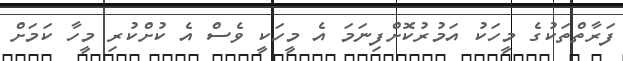
ފަރާތްތަކުގެ މީހަކު އަމުރުކޮށްފިނަމަ އެ މީހަކީ ވެސް އެ ކުށްކުރި މީހާ ކަމަށް